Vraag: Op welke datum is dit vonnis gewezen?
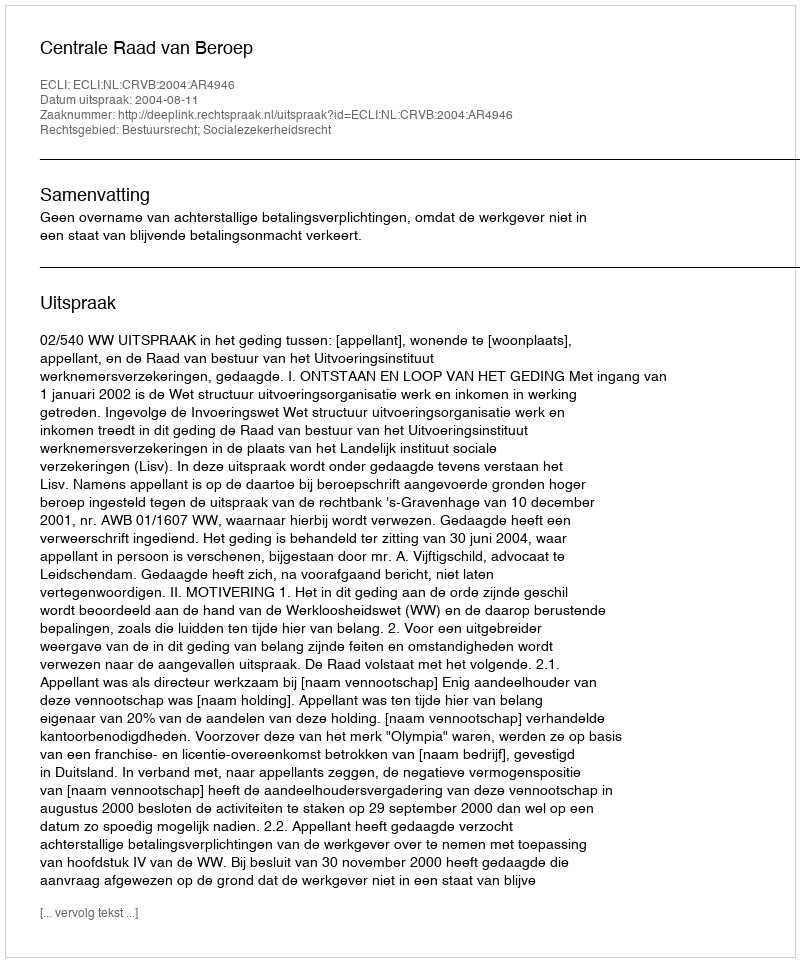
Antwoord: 2004-08-11